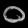
Digit: ၀